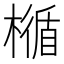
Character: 𣛝